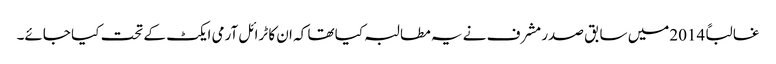
غالباً 2014میں سابق صدر مشرف نے یہ مطالبہ کیا تھا کہ ان کا ٹرائل آرمی ایکٹ کے تحت کیا جائے۔